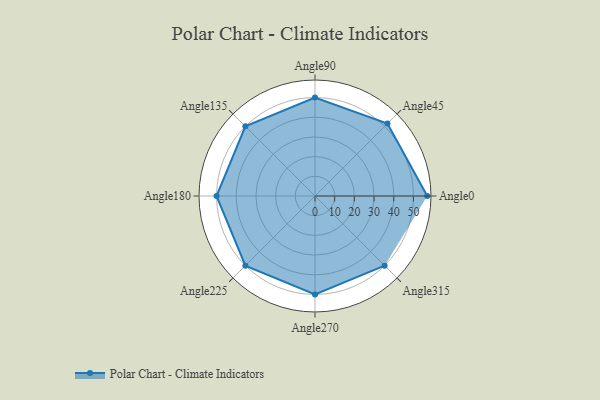
{"axis": {"x": "Angle", "y": "Radius"}, "legend": [""], "data": [{"x": "Angle0", "y": 57.0, "type": ""}, {"x": "Angle45", "y": 52.0, "type": ""}, {"x": "Angle90", "y": 50, "type": ""}, {"x": "Angle135", "y": 50, "type": ""}, {"x": "Angle180", "y": 50, "type": ""}, {"x": "Angle225", "y": 50, "type": ""}, {"x": "Angle270", "y": 50, "type": ""}, {"x": "Angle315", "y": 50, "type": ""}]}